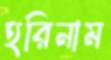
হরিনাম